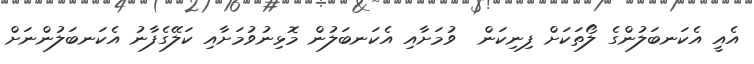
އެއީ އެކަނބަލުންގެ ލޯތަކަށް ފިނިކަން  ވުމަށާއި އެކަނބަލުން މޮޅިނުވުމަށާއި ކަލޭގެފާނު އެކަނބަލުންނަށް